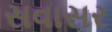
સવાસર